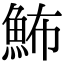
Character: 𩶉